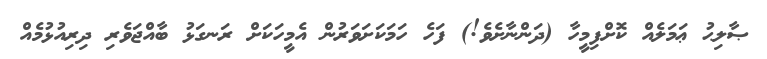
ޞާލިޙު ޢަމަލެއް ކޮށްފިމީހާ (ދަންނާށެވެ!) ފަހެ ހަމަކަށަވަރުން އެމީހަކަށް ރަނގަޅު ބާއްޖަވެރި ދިރިއުޅުމެއް